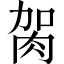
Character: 𦙲